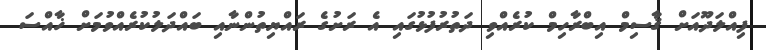
ފިއްލަދޫއަށް ޤާސިމް އިބްރާހިމް ކުރެއްވި ދަތުރުފުޅުގައި އެ ރަށުގެ ރައްޔިތުންނާއި ބައްދަލުކުރެއްވުމަށް ޚާއްސަ